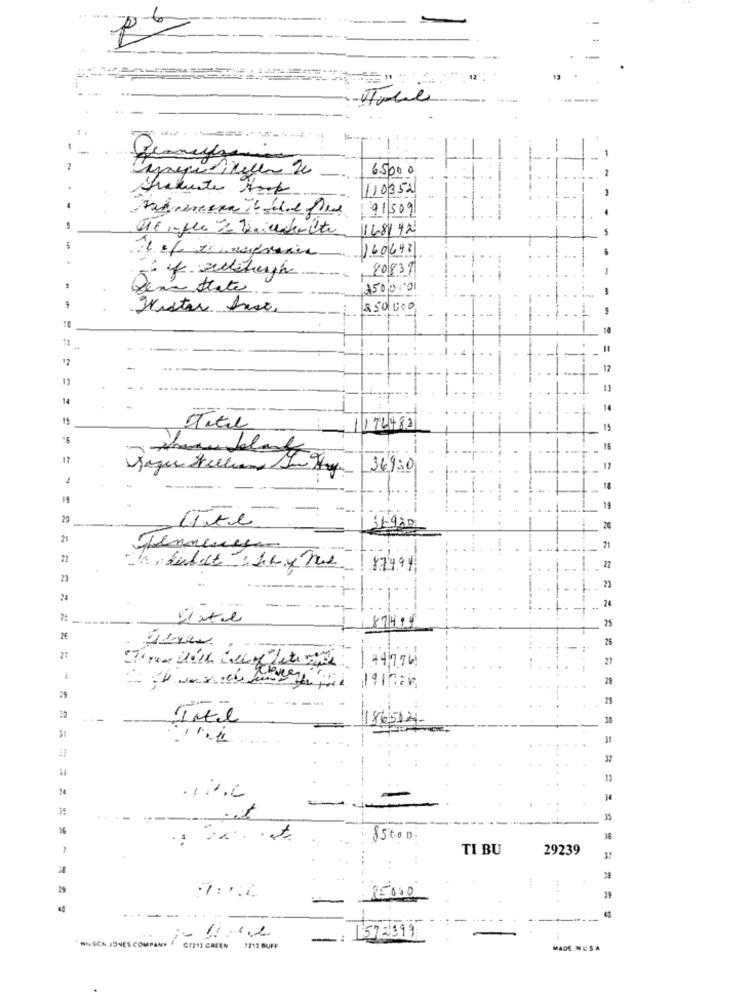
-Italie
.1
6500 0
110352
91509
1681 42
160643
20837
no ttate
150000
Histor Anst.
250000
-
-
...
---------
13
14
==
15
Titel
72482
15
16
17
Jaque Helling In Hogy
34930
2
19
20
lite
20
22
27
21
23
24
24
-
25
8741
ZE
26
21
21
21
Intel
1865124
32
14
--
854.00
36
* -
TI BU
29239
37
:7:"0
-----
* SCN JONES COMPANY
LESTE 517
GP211 CREEN 1213 BUFF
MADE INUSA